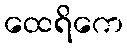
ထေရိကေ